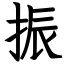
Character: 振